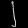
Digit: ၂